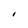
Character: I